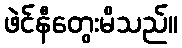
ဖဲင်နီတွေးမိသည်။